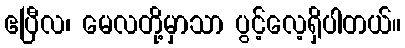
ဧပြီလ၊ မေလတို့မှာသာ ပွင့်လေ့ရှိပါတယ်။